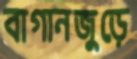
বাগানজুড়ে